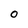
Character: O